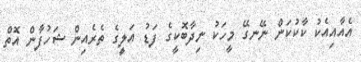
އެއާއިއެކު ކާކުކަން ނޭނގޭ މީހަކު ނިދާބޮކީގެ ފަޑު އަލިީގެ ތެރެއިން ޝަހުފާން އޮތް